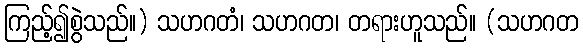
ကြည့်၍စွဲသည်။) သဟဂတံ၊ သဟဂတ၊ တရားဟူသည်။ (သဟဂတ